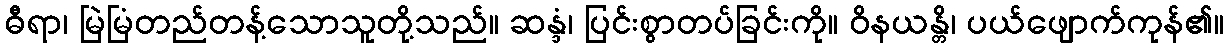
ဓီရာ၊ မြဲမြံတည်တန့်သောသူတို့သည်။ ဆန္ဒံ၊ ပြင်းစွာတပ်ခြင်းကို။ ဝိနယန္တိ၊ ပယ်ဖျောက်ကုန်၏။